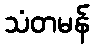
သံတမန်